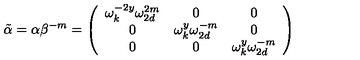
\tilde { \alpha } = \alpha \beta ^ { - m } = \left( \begin{array} { c c c } { \omega _ { k } ^ { - 2 y } \omega _ { 2 d } ^ { 2 m } } & { 0 } & { 0 } \\ { 0 } & { \omega _ { k } ^ { y } \omega _ { 2 d } ^ { - m } } & { 0 } \\ { 0 } & { 0 } & { \omega _ { k } ^ { y } \omega _ { 2 d } ^ { - m } } \\ \end{array} \right)